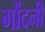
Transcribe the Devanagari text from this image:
गोंदनी